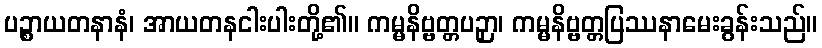
ပဉ္စာယတနာနံ၊ အာယတနငါးပါးတို့၏။ ကမ္မနိဗ္ဗတ္တပဉှာ၊ ကမ္မနိဗ္ဗတ္တပြဿနာမေးခွန်းသည်။